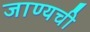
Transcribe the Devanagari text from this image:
जाण्यची